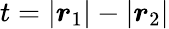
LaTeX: t=|\boldsymbol{r}_{1}|-|\boldsymbol{r}_{2}|